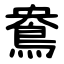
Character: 鴦